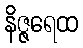
နိဇ္ဇရေထ